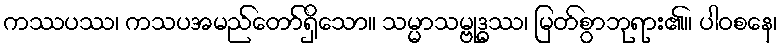
ကဿပဿ၊ ကသပအမည်တော်ရှိသော။ သမ္မာသမ္ဗုဒ္ဓဿ၊ မြတ်စွာဘုရား၏။ ပါဝစနေ၊